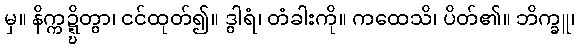
မှ။ နိက္ကဍ္ဍ္ဎိတွာ၊ ငင်ထုတ်၍။ ဒွါရံ၊ တံခါးကို။ ကထေသိ၊ ပိတ်၏။ ဘိက္ခူ၊